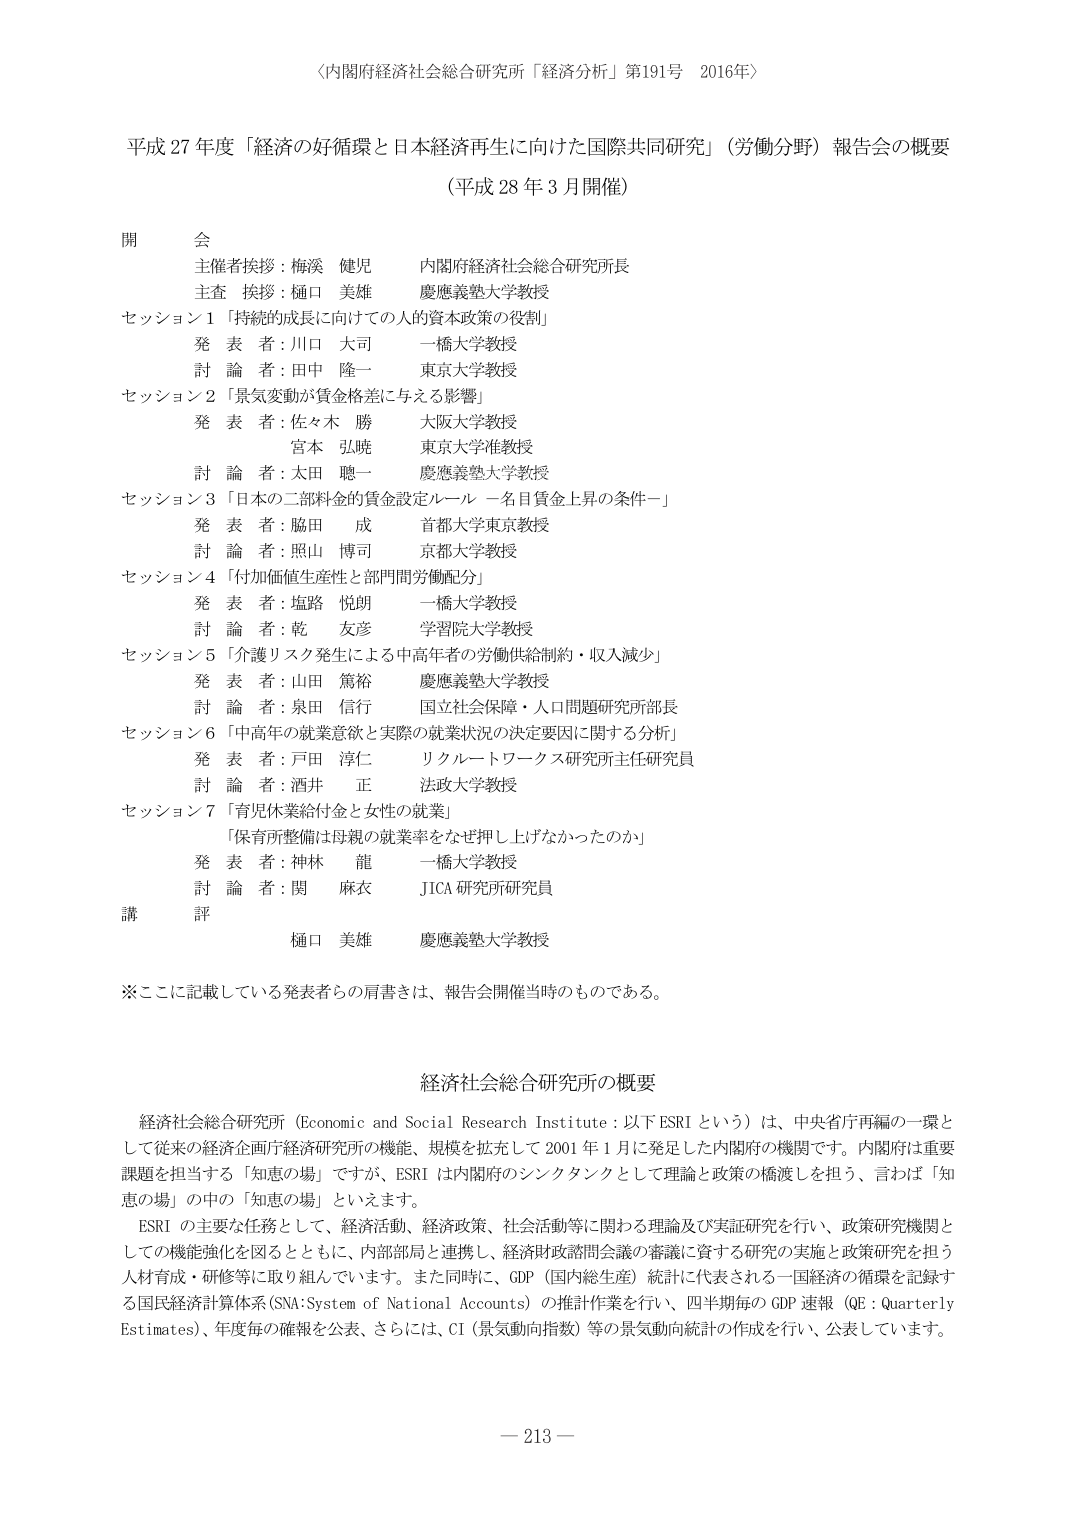
〈内閣府経済社会総合研究所「経済分析」第191号　2016年〉

平成27年度「経済の好循環と日本経済再生に向けた国際共同研究」（労働分野）報告会の概要
（平成28年3月開催）

開会
主催者挨拶：梅渕　健児　内閣府経済社会総合研究所長
主査　挨拶：樋口　美雄　慶應義塾大学教授

セッション1「持続的成長に向けての人的資本政策の役割」
発表者：川口　大司　一橋大学教授
討論者：田中　隆一　東京大学教授

セッション2「景気変動が賃金格差に与える影響」
発表者：佐々木　勝　大阪大学教授
　　　　宮本　弘暁　東京大学准教授
討論者：太田　聰一　慶應義塾大学教授

セッション3「日本の二部料金の賃金設定ルール　一名目賃金上昇の条件ー」
発表者：脇田　成　首都大学東京教授
討論者：照山　博司　京都大学教授

セッション4「付加価値生産性と部門間労働分配」
発表者：塩路　悦朗　一橋大学教授
討論者：乾　友彦　学習院大学教授

セッション5「介護リスク発生による中高年者の労働供給制約・収入減少」
発表者：山田　篤裕　慶應義塾大学教授
討論者：泉田　信行　国立社会保障・人口問題研究所所長

セッション6「中高年の就業意欲と実際の就業状況の決定要因に関する分析」
発表者：戸田　淳仁　リクルートワークス研究所主任研究員
討論者：酒井　正　法政大学教授

セッション7「育児休業給付金と女性の就業」
　　　　「保育所整備は母親の就業率をなぜ押し上げなかったのか」
発表者：神林　龍　一橋大学教授
討論者：関　麻衣　JICA研究所研究員

講評
樋口　美雄　慶應義塾大学教授

※ここに記載している発表者らの肩書きは、報告会開催当時のものである。

経済社会総合研究所の概要

経済社会総合研究所（Economic and Social Research Institute：以下ESRIという）は、中央省庁再編の一環として従来の経済企画庁経済研究所の機能、規模を拡充して2001年1月に発足した内閣府の機関です。内閣府は重要課題を担当する「知恵の場」ですが、ESRIは内閣府のシンクタンクとして理論と政策の橋渡しを担う、言わば「知恵の場」の中の「知恵の場」といえます。

ESRIの主要な任務として、経済活動、経済政策、社会活動等に関わる理論及び実証研究を行い、政策研究機関としての機能強化を図るとともに、内部部局と連携し、経済財政諮問会議の審議に資する研究の実施と政策研究を担う人材育成・研修等に取り組んでいます。また同時に、GDP（国内総生産）統計に代表される一国経済の循環を記録する国民経済計算体系（SNA:System of National Accounts）の推計作業を行い、四半期毎のGDP速報（QE:Quarterly Estimates）、年度毎の確報を公表、さらには、CI（景気動向指数）等の景気動向統計の作成を行い、公表しています。

－213－